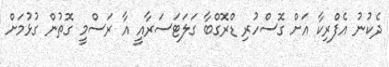
ދެކުނު އެފްރިކާ އަށް ގޮސްހުރި ޑްރޮގްބާ ގަލަޓަސަރާއީ އާ ރަސްމީ ގޮތުން ގުޅުމަށް